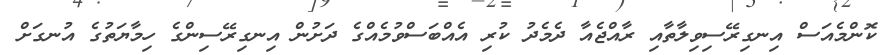
ކޮންމެއަސް އިނގިރޭސިވިލާތާއި ރާއްޖެއާ ދެމެދު ކުރި އެއްބަސްވުމެއްގެ ދަށުން އިނގިރޭސިންގެ ހިމާޔަތުގެ އުނގަށް